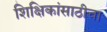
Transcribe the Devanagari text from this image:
शिक्षिकांसाठीचा